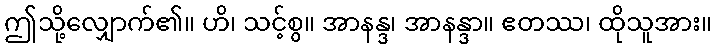
ဤသို့လျှောက်၏။ ဟိ၊ သင့်စွ။ အာနန္ဒ၊ အာနန္ဒာ။ ဧတဿ၊ ထိုသူအား။